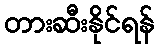
တားဆီးနိုင်ရန်